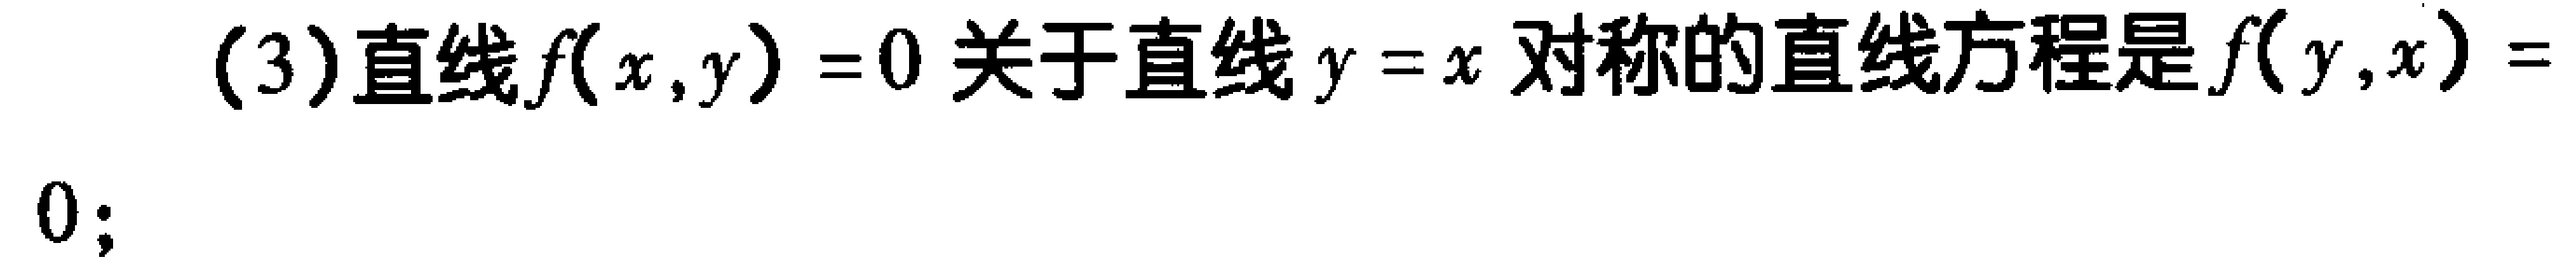
(3)直线\(f(x,y)=0\)关于直线\(y = x\)对称的直线方程是\(f(y,x)=0\);